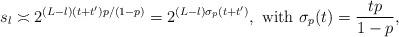
LaTeX: \begin{align*} s_l \asymp 2^{(L-l)(t+t')p/(1-p)} = 2^{(L-l) \sigma_p(t+t')}, \mbox{ with } \sigma_p(t) = \frac{tp}{1-p},\end{align*}